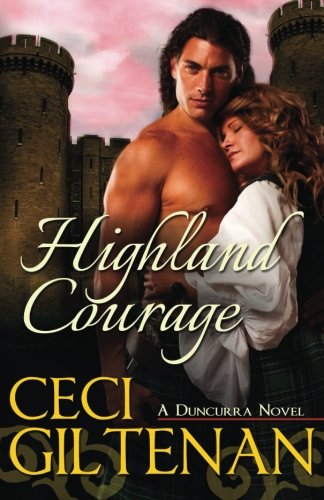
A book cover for Highland Courage (Duncurra) (Volume 2); Ceci Giltenan; Romance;